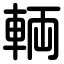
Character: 輌